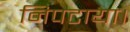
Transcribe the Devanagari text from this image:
निपटाया।